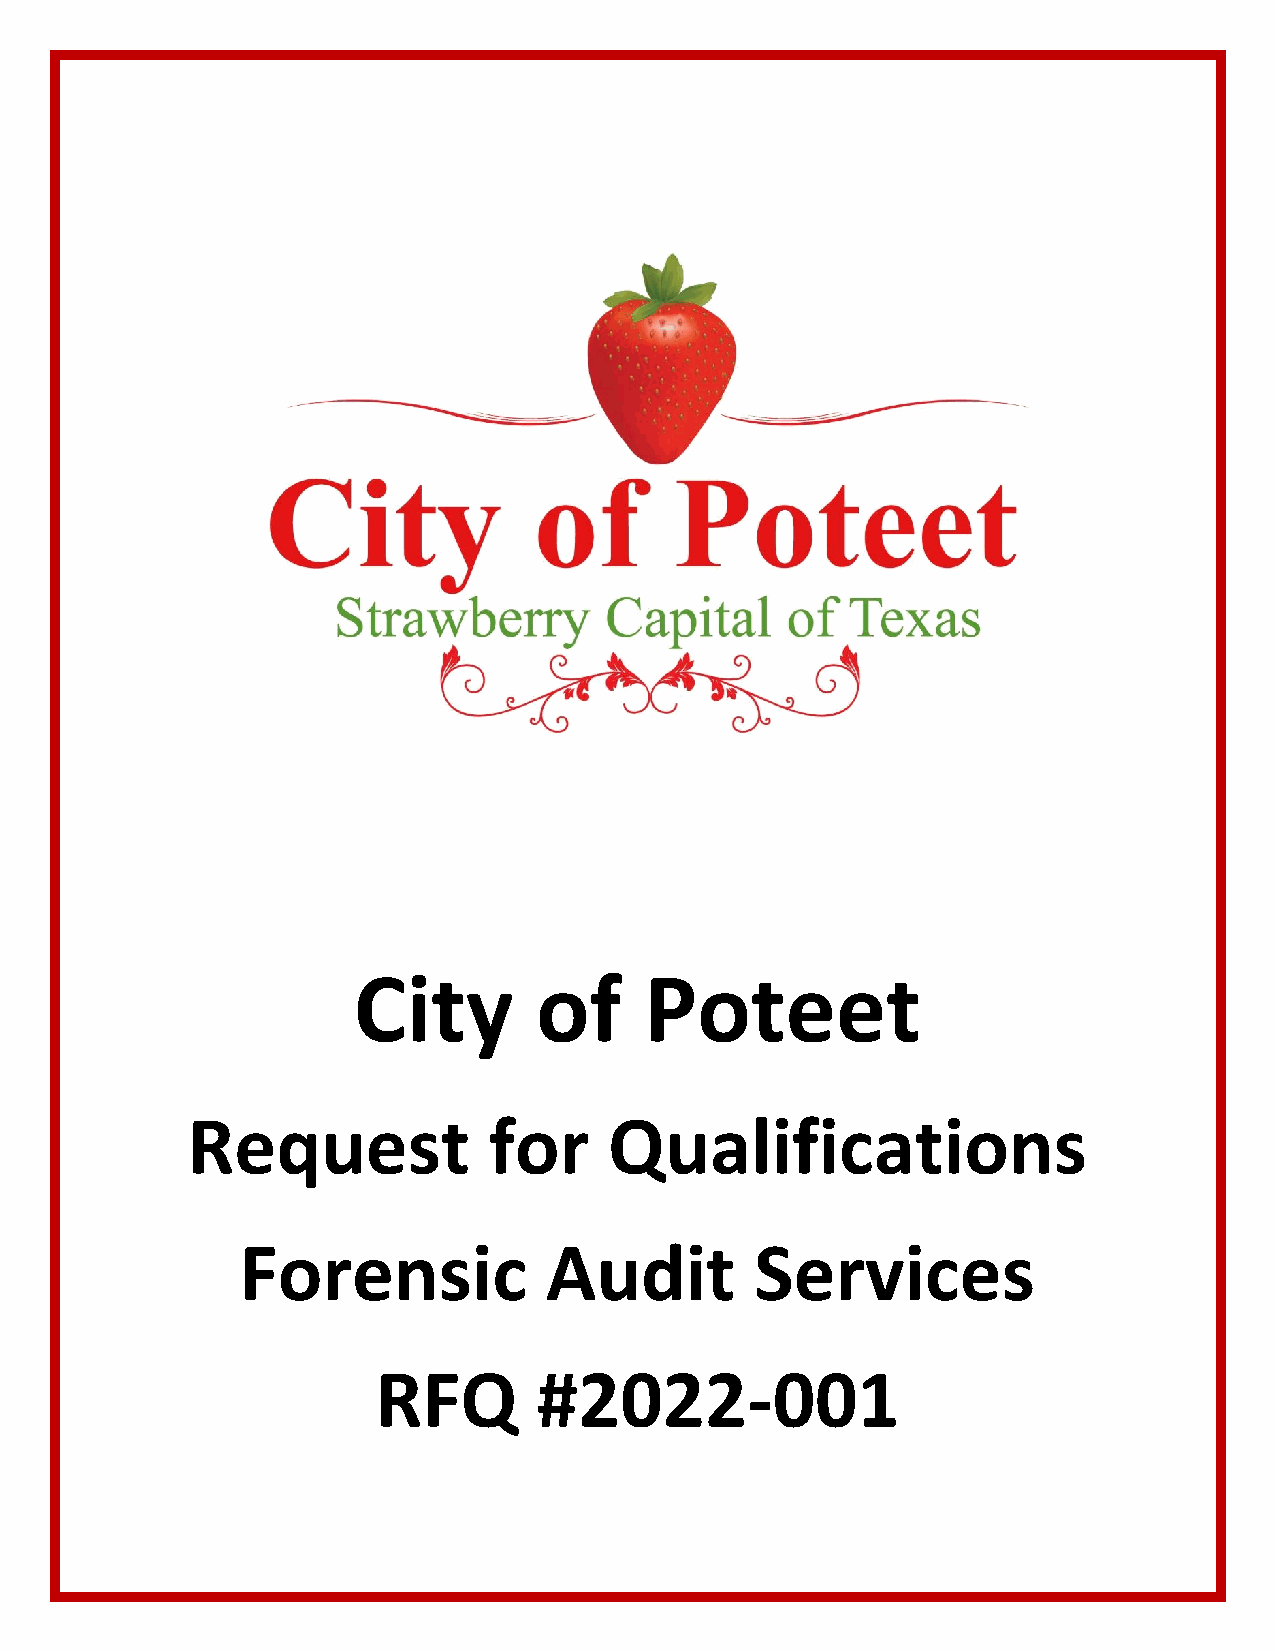
City        of      Poteet
 Request             for     Qualifications
 Forensic            Audit         Services
 RFQ        #2022-001